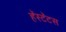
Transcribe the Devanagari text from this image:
हॅस्टॅटस